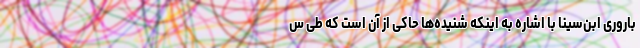
باروری ابن‌سینا با اشاره به اینکه شنیده‌ها حاکی از آن است که طی س